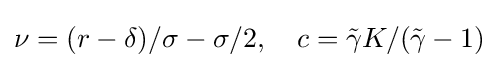
\nu =(r-\delta )/\sigma -\sigma /2,\quad c={\tilde {\gamma }}K/({\tilde {\gamma }}-1)